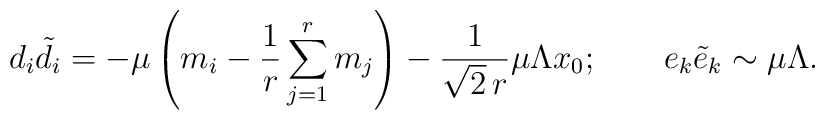
d_i  {\tilde d_i}     = -\mu \left( m_i - \frac{1}{r}\sum_{j=1}^r m_j\right)   - \frac{1}{\sqrt{2}\, r}\mu \Lambda x_{0}; \qquad e_k {\tilde e}_k    \sim   \mu \Lambda.